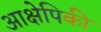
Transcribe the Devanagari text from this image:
आक्षेपिकी